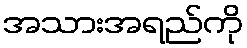
အသားအရည်ကို